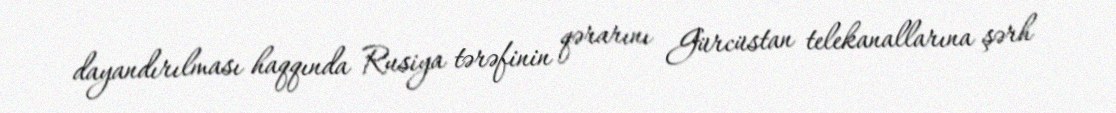
dayandırılması haqqında Rusiya tərəfinin qərarını Gürcüstan telekanallarına şərh